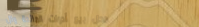
محل بيع أدوات المائدة وال